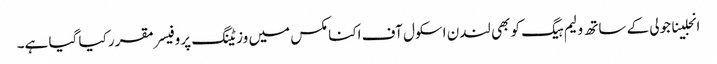
انجلینا جولی کے ساتھ ولیم ہیگ کو بھی لندن اسکول آف اکنامکس میں وزیٹنگ پروفیسر مقرر کیا گیا ہے۔